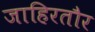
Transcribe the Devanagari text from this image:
जाहिरतौर